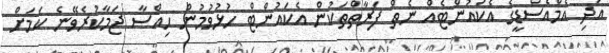
އަދި އެމްއެސްޑީގެ އެކައުންޓެއް ނެތް ފަރާތްތަކުން އެކައުންޓް ހުޅުވުމުން ހިއްސާ ޖަމާކުރެވޭނެ ކަމަށް